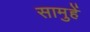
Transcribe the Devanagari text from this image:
सामुहें